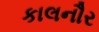
કાલનૌર